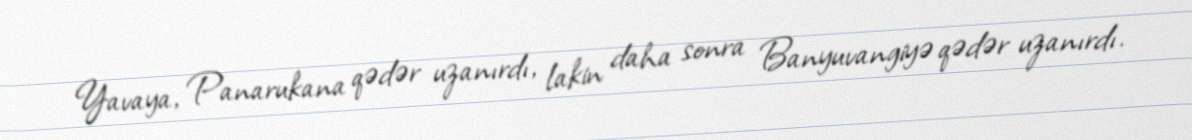
Yavaya, Panarukana qədər uzanırdı, lakin daha sonra Banyuvangiyə qədər uzanırdı.